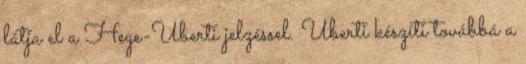
látja el a Hege-Uberti jelzéssel. Uberti készíti továbbá a